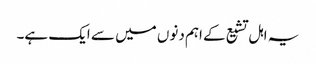
یہ اہل تشیع کے اہم دنوں میں سے ایک ہے۔